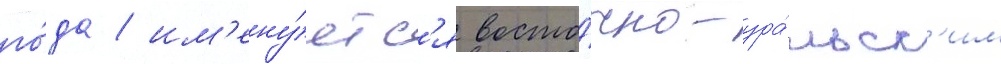
го́да / им'ену́етс'я восто́чно-ура́льск'им